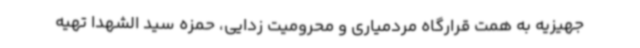
جهیزیه به همت قرارگاه مردمیاری و محرومیت زدایی، حمزه سید الشهدا تهیه